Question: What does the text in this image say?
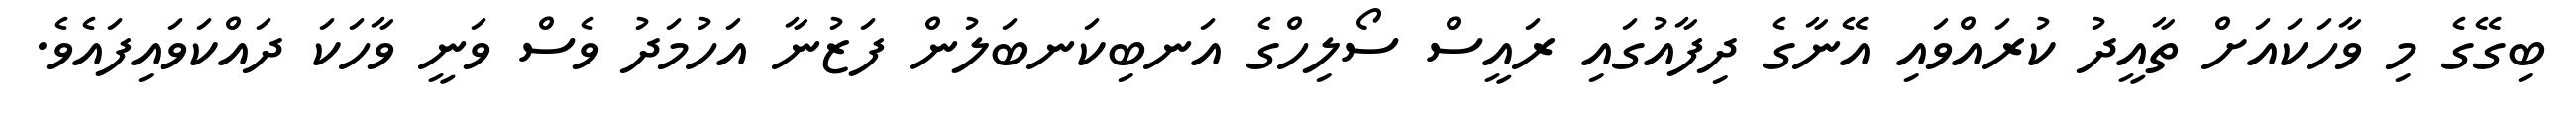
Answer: ބިގޭގެ މި ވާހަކައަށް ތާއީދު ކުރައްވައި އޭނާގެ ދިފާއުގައި ރައީސް ސޯލިހްގެ އަނބިކަނބަލުން ފަޒުނާ އަހުމަދު ވެސް ވަނީ ވާހަކަ ދައްކަވައިފައެވެ.